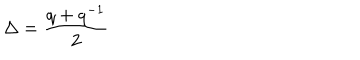
LaTeX: \Delta = \frac { q + q ^ { - 1 } } { 2 }